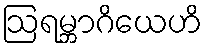
ဩရမ္ဘာဂိယေဟိ